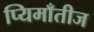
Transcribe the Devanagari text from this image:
प्यिमाँतीज